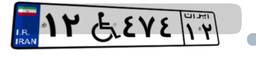
۱۲W۴۷۴۱۲